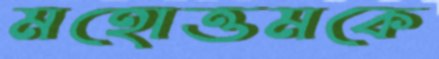
মহোত্তমকে